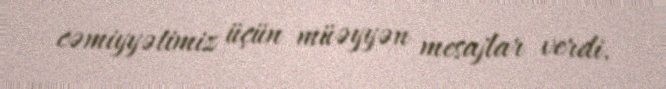
cəmiyyətimiz üçün müəyyən mesajlar verdi.